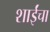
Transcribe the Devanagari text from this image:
शाईंचा